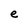
Character: e